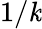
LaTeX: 1/\mathit{k}